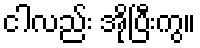
ငါလည်း အိုပြီးကွ။